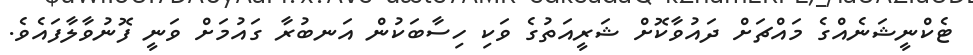
ޓެކްނީޝަނެއްގެ މައްޗަށް ދައުވާކޮށް ޝަރީއަތުގެ ވަކި ހިސާބަކުން އަނބުރާ ގައުމަށް ވަނީ ފޮނުވާލާފައެވެ.